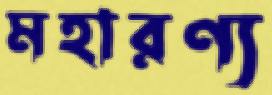
মহারণ্য